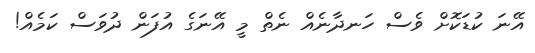
އޭނަ ކުޑަކޮށް ވެސް ހަނދާނެއް ނެތް މީ އޭނަގެ އުފަން ދުވަސް ކަމެއް!